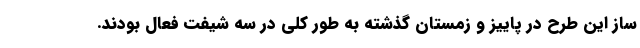
ساز این طرح در پاییز و زمستان گذشته به طور کلی در سه شیفت فعال بودند.